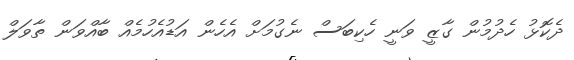
ދެކޮޅު ހެދުމުން ގާޒީ ވަނީ ހެކިބަސް ނެގުމަށް އެހެން އަޑުއެހުމެއް ބާއްވަން ތާވަލް